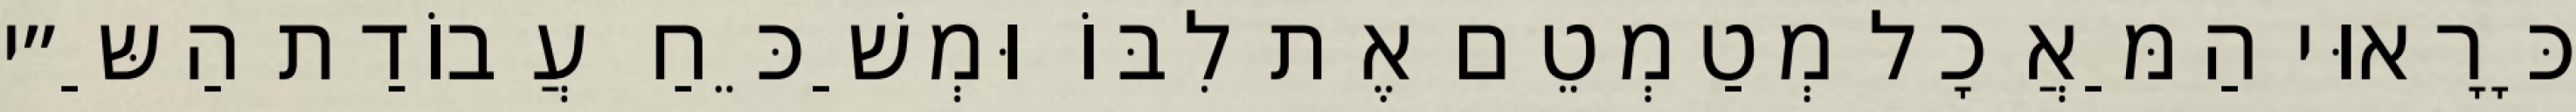
כָּרָאוּי הַמַּאֲכָל מְטַמְטֵם אֶת לִבּוֹ וּמְשַׁכֵּחַ עֲבוֹדַת הַשַּ״י